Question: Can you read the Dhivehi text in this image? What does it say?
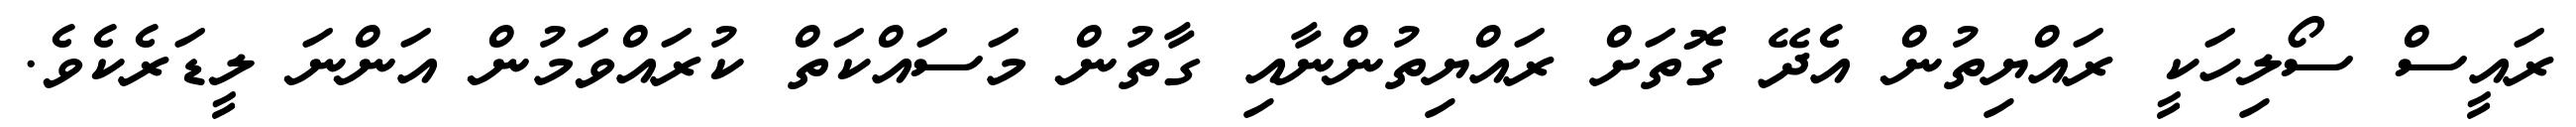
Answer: ރައީސް ސޯލިހަކީ ރައްޔިތުން އެދޭ ގޮތަށް ރައްޔިތުންނާއި ގާތުން މަސައްކަތް ކުރައްވަމުން އަންނަ ލީޑަރެކެވެ.